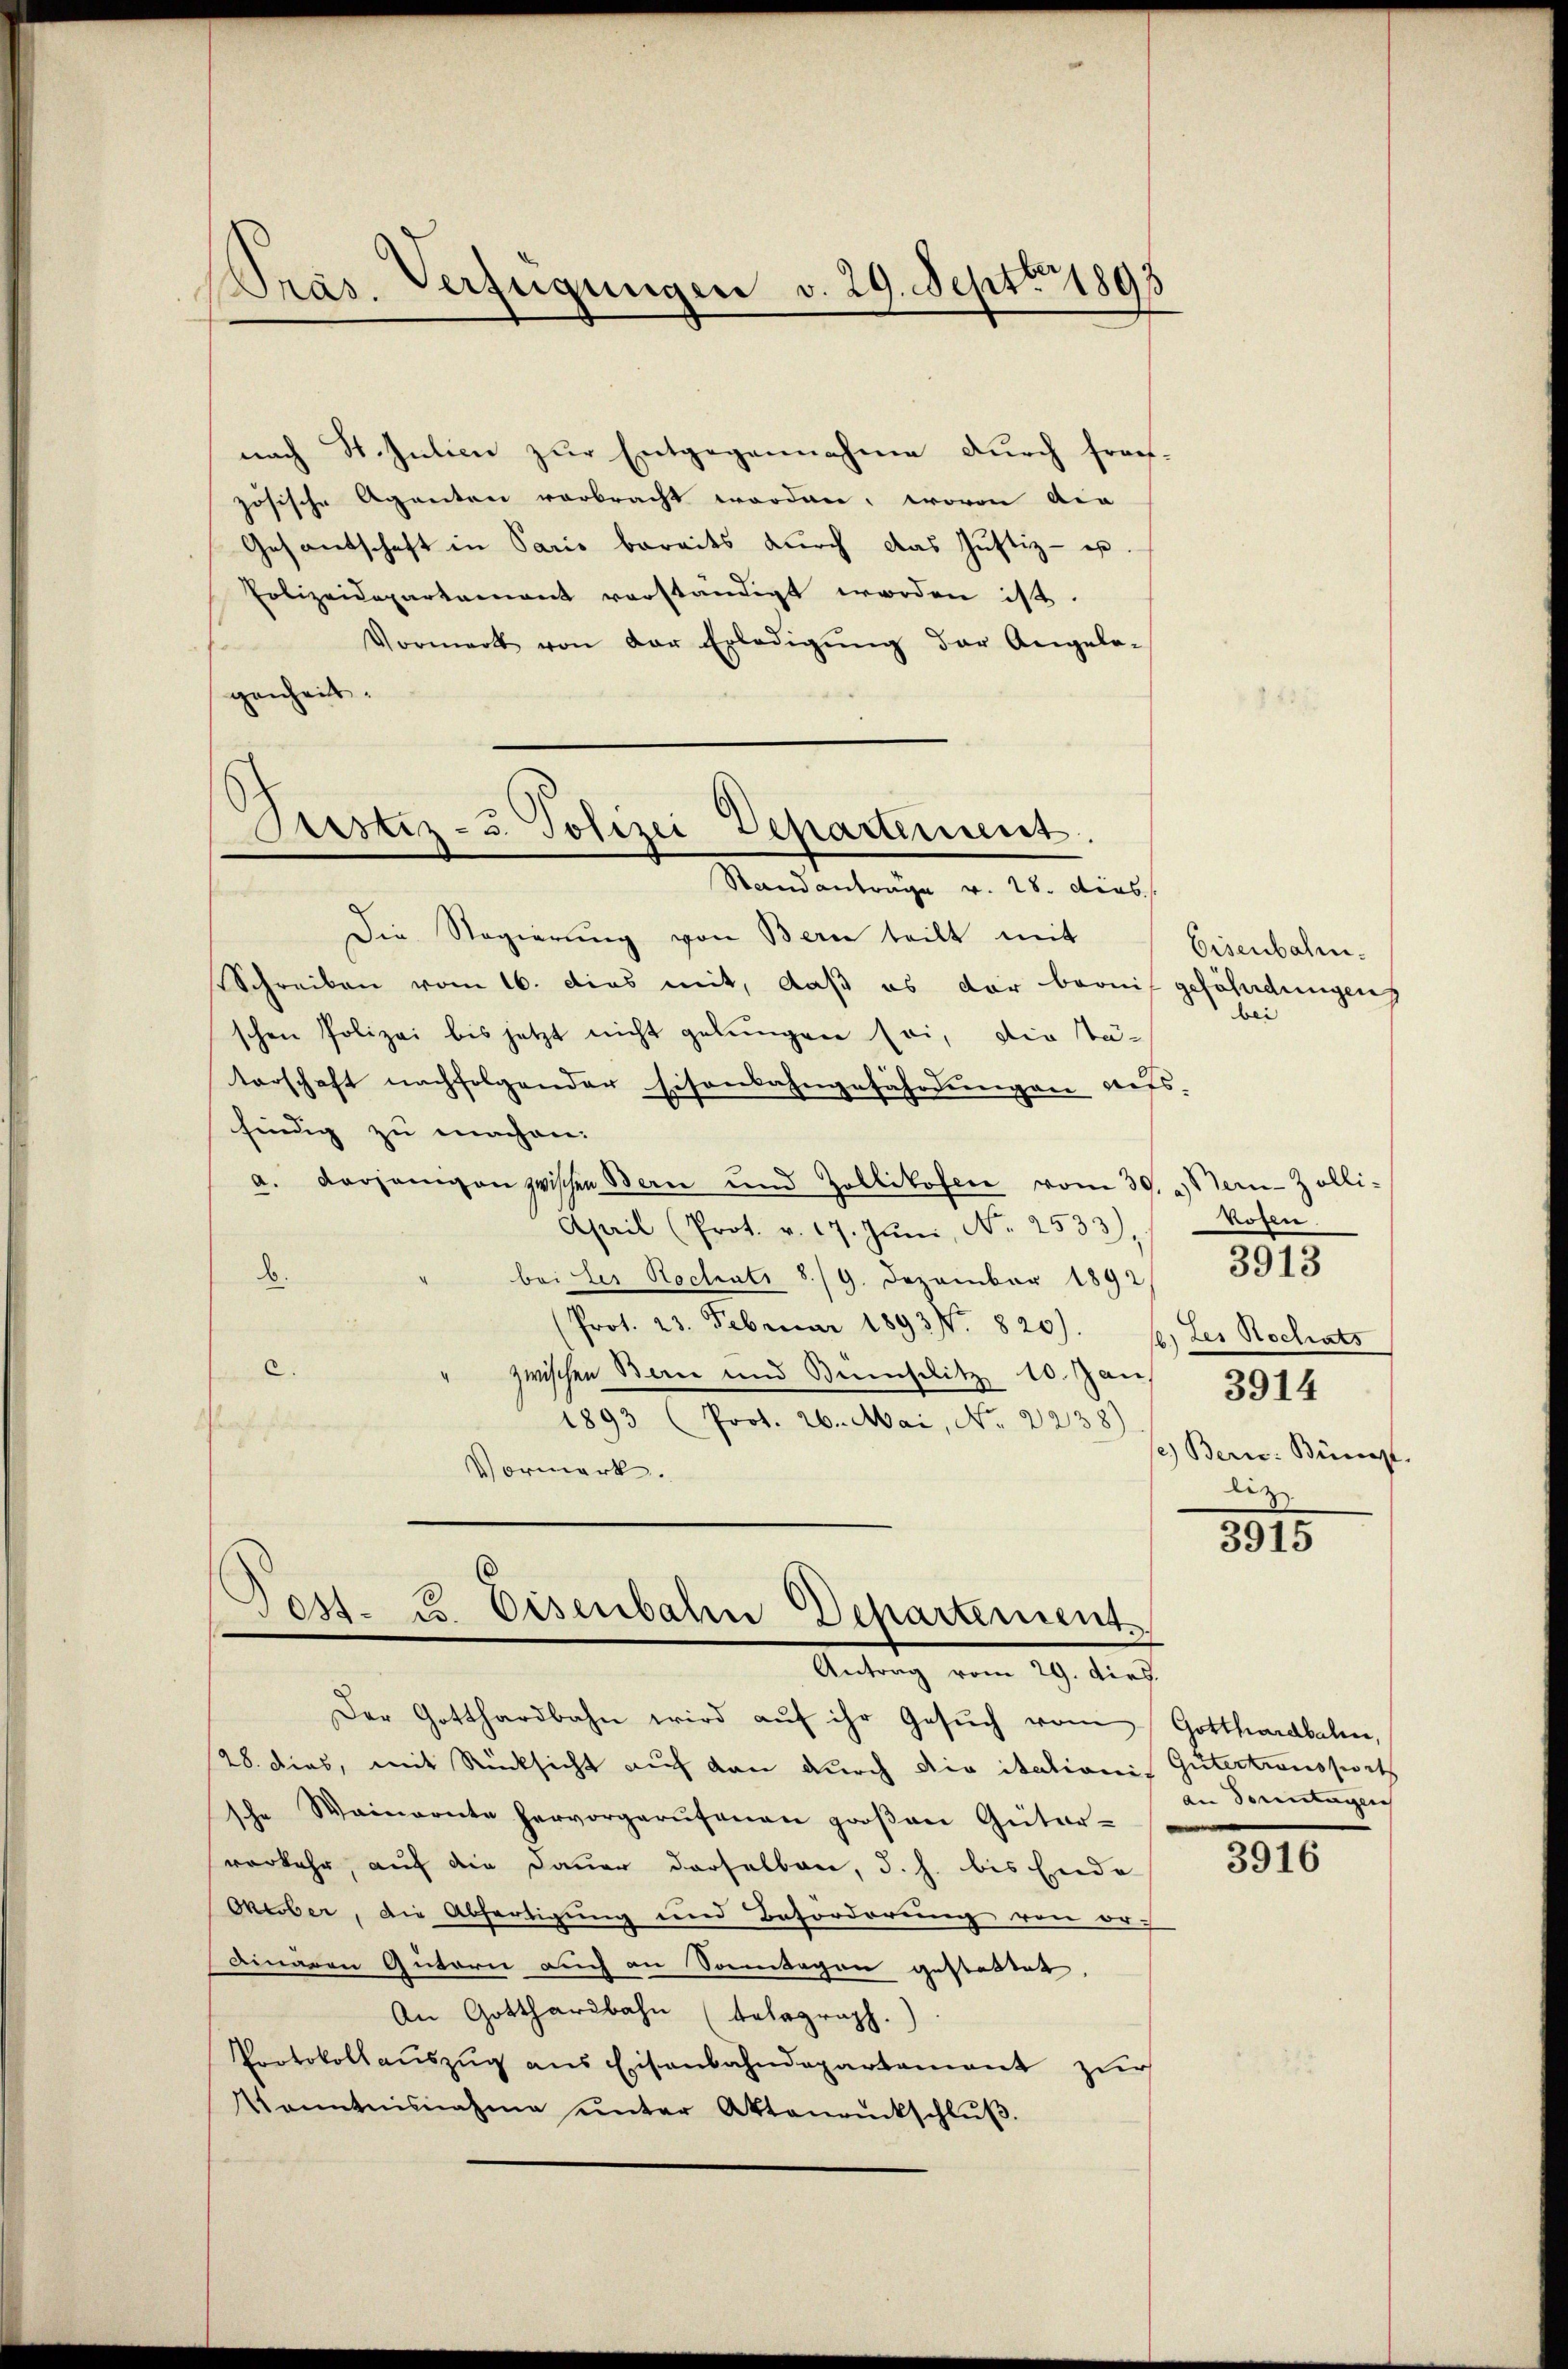
Präs. Verfügungen v. 29. Sept. 1895

nach St. Julien zur Entgegennahme durch frech-
zösische Agenten verbracht worden, wovon die
Gesandschaft in Paris bereits durch das Justiz - es
Polizeidepartamant vorständigt worden ist.
Vormerk von der Erledigŭng der Angela-
genheit.

Oustiz- u. Polizei Departement.

Standanträge v. 28. dies
Die Regierung von Bern teilt mit
Schreiben vom 16. dies mit, daß es der bernis gefährdungen
schen Polizei bis jetzt nicht gelungen sei, die Tä-
terschaft nachfolgender Eisenbahngefährdungen aus-
findig zu machen.
a. vorjenigen zwischen Bern und Zollikofen vom 30. Ser-Zolli-
April (Prot. v. 17. Jŭni, N. 2533). Rosen
b.
bei der Roctats 8./9. Dezember 1892
(Prot. 23. Februar 1893. 820). 68. Les Rechats
c.
zwischen Bern und Benenselitz 10. Jan
1893 (Prot. 26. Mai, No. 2238)
e
Vormerk.

Ses- u. Eisenbahn Departement
Antrag vom 29. dies.

Der Gotthardbahn wird aŭf ihr Gesŭch vom Gotthardbahn,
28. dies, mit Rücksicht auf den durch die itationi Gütertransport
sche Weinarnte hervorgerŭfenen groβen Güter-
verkehr, auf die Dauer derselben, d. h. bis Ende
Oktober, die Abfertigung und Beforderung von or-
dinären Autorn auch an Sonntagen gestattet,
An Gotthardbahn (Telegraph.)
Protokollauszug aus Eisenbahndepartement zur
Kenntnisnahme ŭnter Aktenrückschlŭβ

Eisenbahn.
bei

3914
se) Bern: Bünf.
liz

3913

3915

an Sonntagen

3916